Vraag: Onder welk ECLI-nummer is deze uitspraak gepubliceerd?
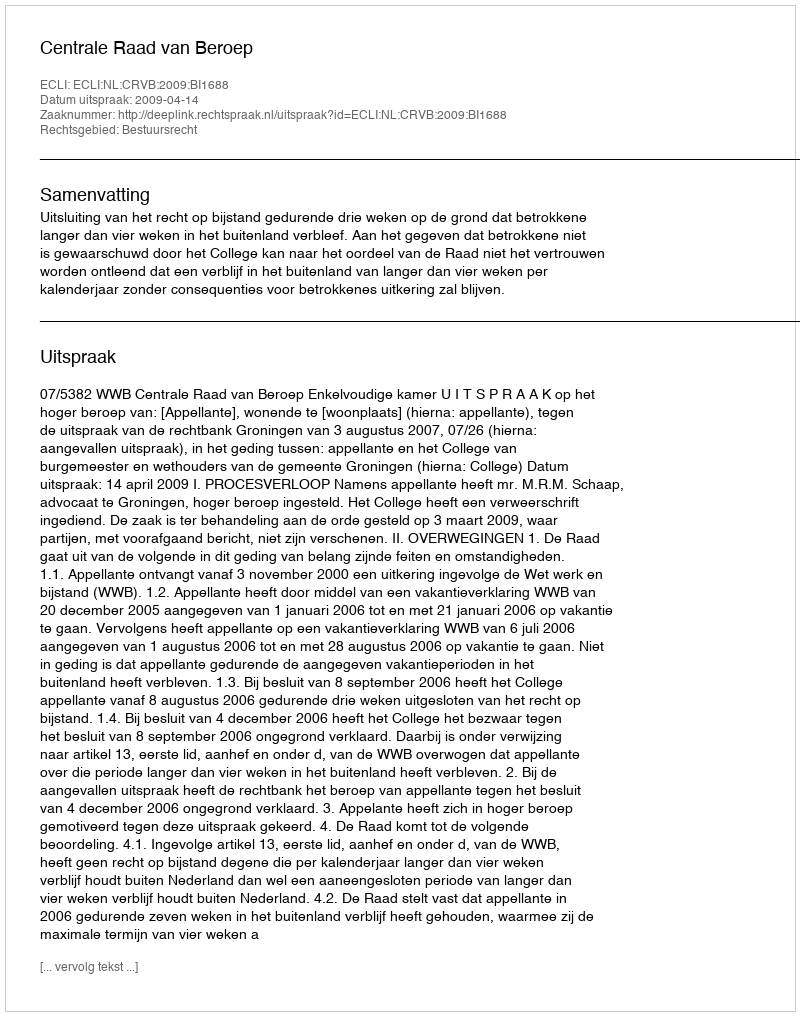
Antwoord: ECLI:NL:CRVB:2009:BI1688